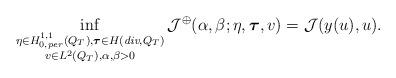
LaTeX: \begin{align*} \inf_{\substack{\eta \in H^{1,1}_{0,per}(Q_T),\boldsymbol{\tau} \in H(\emph{div},Q_T) \\ v \in L^2(Q_T), \alpha, \beta > 0}} \mathcal{J}^\oplus(\alpha,\beta;\eta,\boldsymbol{\tau},v) = \mathcal{J}(y(u),u). \end{align*}